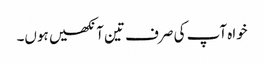
خواہ آپ کی صرف تین آنکھیں ہوں۔